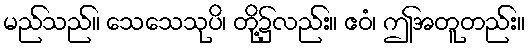
မည်သည်။ သေသေသုပိ၊ တို့၌လည်း။ ဧဝံ၊ ဤအတူတည်း။